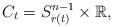
LaTeX: \begin{align*}C_t=S^{n-1}_{r(t)}\times\mathbb{R},\end{align*}